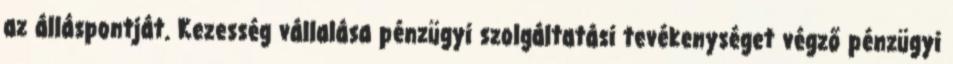
az álláspontját. Kezesség vállalása pénzügyi szolgáltatási tevékenységet végző pénzügyi